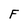
Character: F